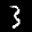
Label: 3